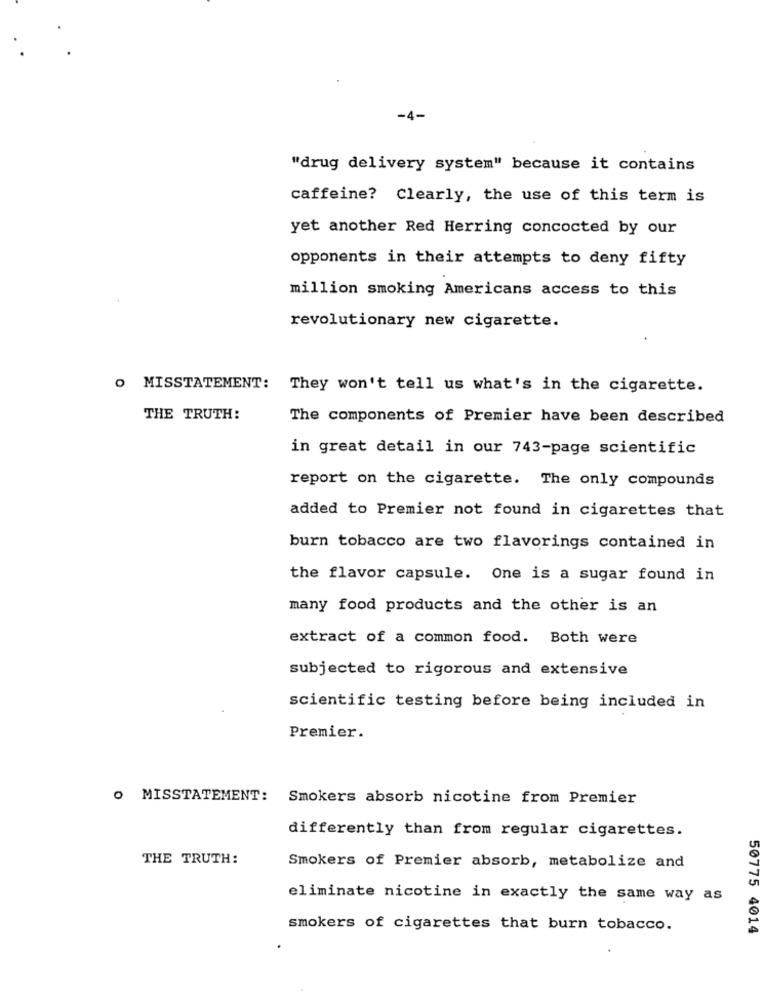
-4-
"drug delivery system" because it contains
caffeine? Clearly, the use of this term is
yet another Red Herring concocted by our
opponents in their attempts to deny fifty
million smoking Americans access to this
revolutionary new cigarette.
O MISSTATEMENT: They won't tell us what's in the cigarette.
THE TRUTH:
The components of Premier have been described
in great detail in our 743-page scientific
report on the cigarette. The only compounds
added to Premier not found in cigarettes that
burn tobacco are two flavorings contained in
the flavor capsule. One is a sugar found in
many food products and the other is an
extract of a common food. Both were
subjected to rigorous and extensive
scientific testing before being included in
Premier.
O MISSTATEMENT: Smokers absorb nicotine from Premier
differently than from regular cigarettes.
THE TRUTH:
Smokers of Premier absorb, metabolize and
eliminate nicotine in exactly the same way as
smokers of cigarettes that burn tobacco.
50775 4014